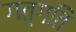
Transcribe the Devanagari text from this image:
गत्गति